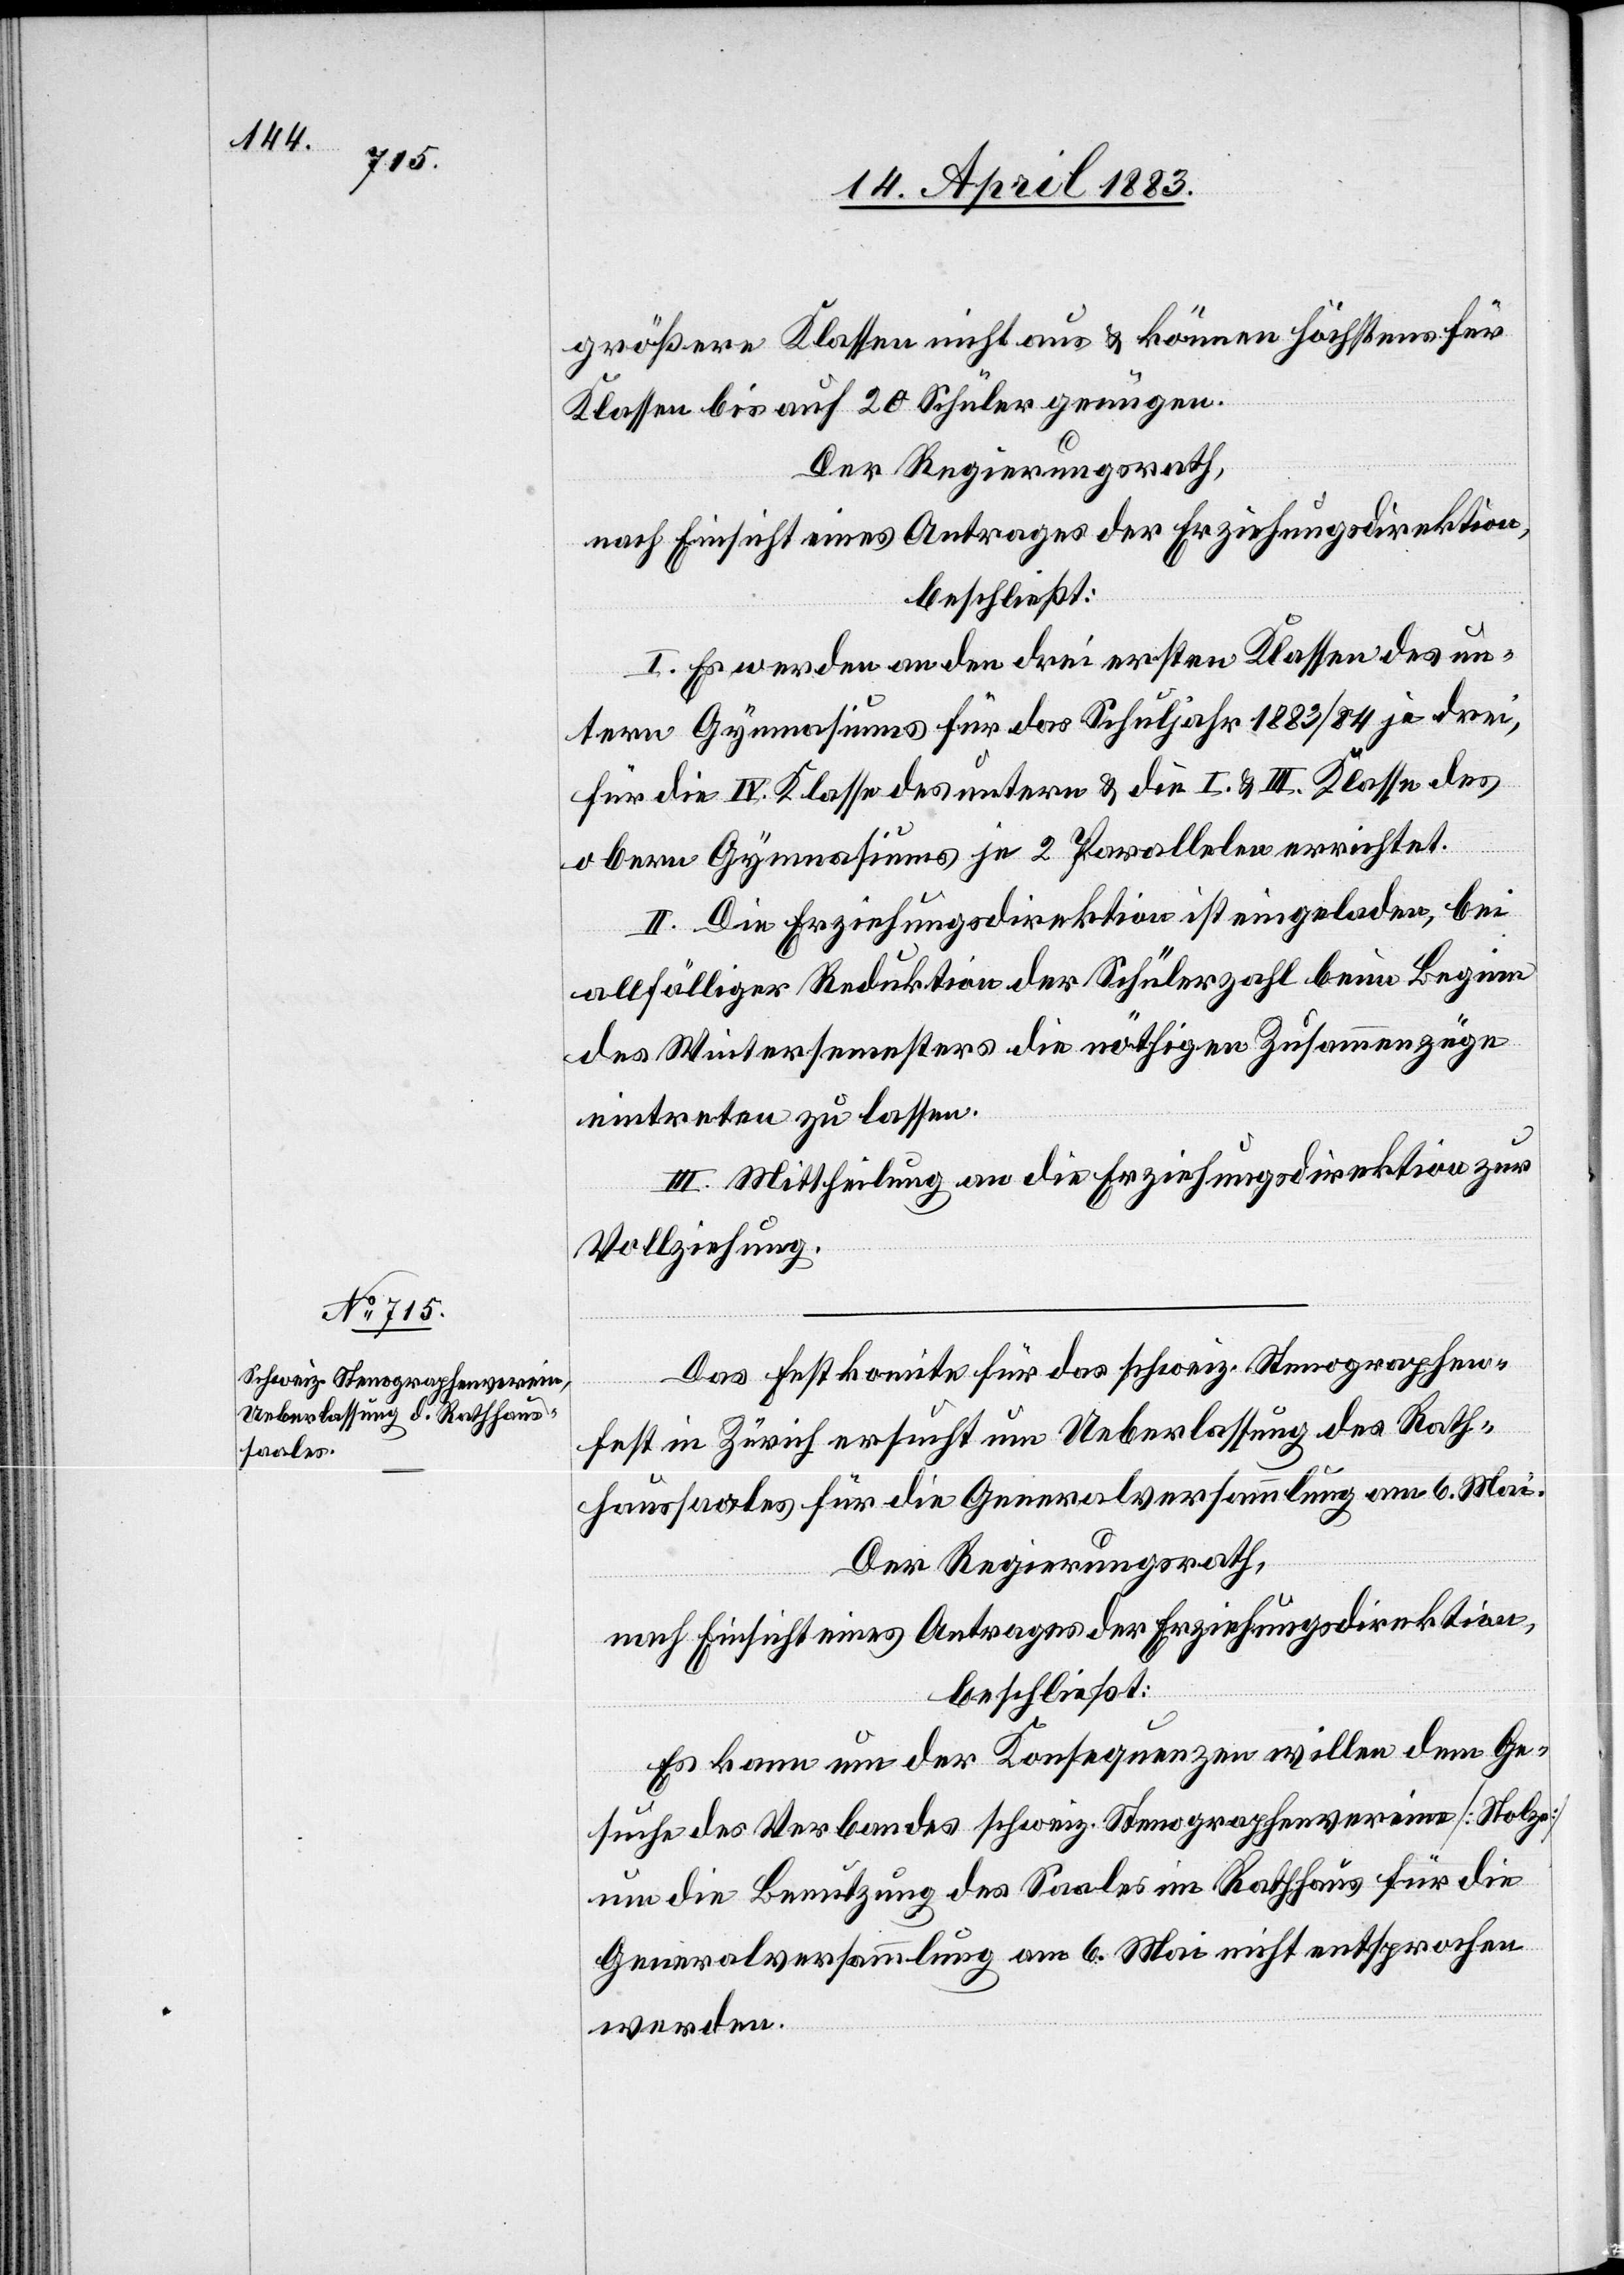
größere Klassen nicht aus & können höchstens für
Klassen bis auf 20 Schüler genügen.
Der Regierungsrath,
nach Einsicht eines Antrages der Erziehungsdirektion,
beschließt:
I. Es werden an den drei ersten Klassen des un¬
teren Gymnasiums für das Schuljahr 1883/84 je drei,
für die IV. Klasse des untern & die I. & III. Klasse des
obern Gymnasiums je 2 Parallelen errichtet.
II. Die Erziehungsdirektion ist eingeladen, bei
allfälliger Reduktion der Schülerzahl beim Beginn
des Wintersemesters die nöthigen Zusammenzüge
eintreten zu lassen.
III. Mittheilung an die Erziehungsdirektion zur
Vollziehung.
Das Festkomite für das schweiz. Stenographen¬
fest in Zürich ersucht um Ueberlassung des Rath¬
haussaales für die Generalversammlung am 6. Mai.
Der Regierungsrath,
nach Einsicht eines Antrages der Erziehungsdirektion,
beschließt:
Es kann um der Konsequenzen willen dem Ge¬
suche des Verbandes schweiz. Stenographenverein [Hotze]
um die Benutzung des Saales im Rathhaus für die
Generalversammlung am 6. Mai nicht entsprochen
werden.